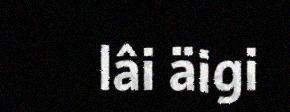
lâi äigi